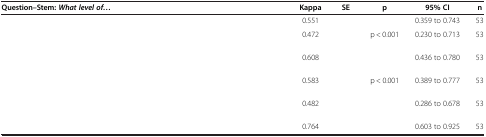
<table><thead><tr><td><b>Question–Stem: <i>What level of...</i></b></td><td><b>Kappa</b></td><td><b>SE</b></td><td><b>p</b></td><td><b>95% CI</b></td><td><b>n</b></td></tr></thead><tbody><tr><td>[EMPTY_CELL]</td><td>0.551</td><td>[EMPTY_CELL]</td><td>[EMPTY_CELL]</td><td>0.359 to 0.743</td><td>53</td></tr><tr><td>[EMPTY_CELL]</td><td>0.472</td><td>[EMPTY_CELL]</td><td>p &lt; 0.001</td><td>0.230 to 0.713</td><td>53</td></tr><tr><td>[EMPTY_CELL]</td><td>0.608</td><td>[EMPTY_CELL]</td><td>[EMPTY_CELL]</td><td>0.436 to 0.780</td><td>53</td></tr><tr><td>[EMPTY_CELL]</td><td>0.583</td><td>[EMPTY_CELL]</td><td>p &lt; 0.001</td><td>0.389 to 0.777</td><td>53</td></tr><tr><td>[EMPTY_CELL]</td><td>0.482</td><td>[EMPTY_CELL]</td><td>[EMPTY_CELL]</td><td>0.286 to 0.678</td><td>53</td></tr><tr><td>[EMPTY_CELL]</td><td>0.764</td><td>[EMPTY_CELL]</td><td>[EMPTY_CELL]</td><td>0.603 to 0.925</td><td>53</td></tr></tbody></table>